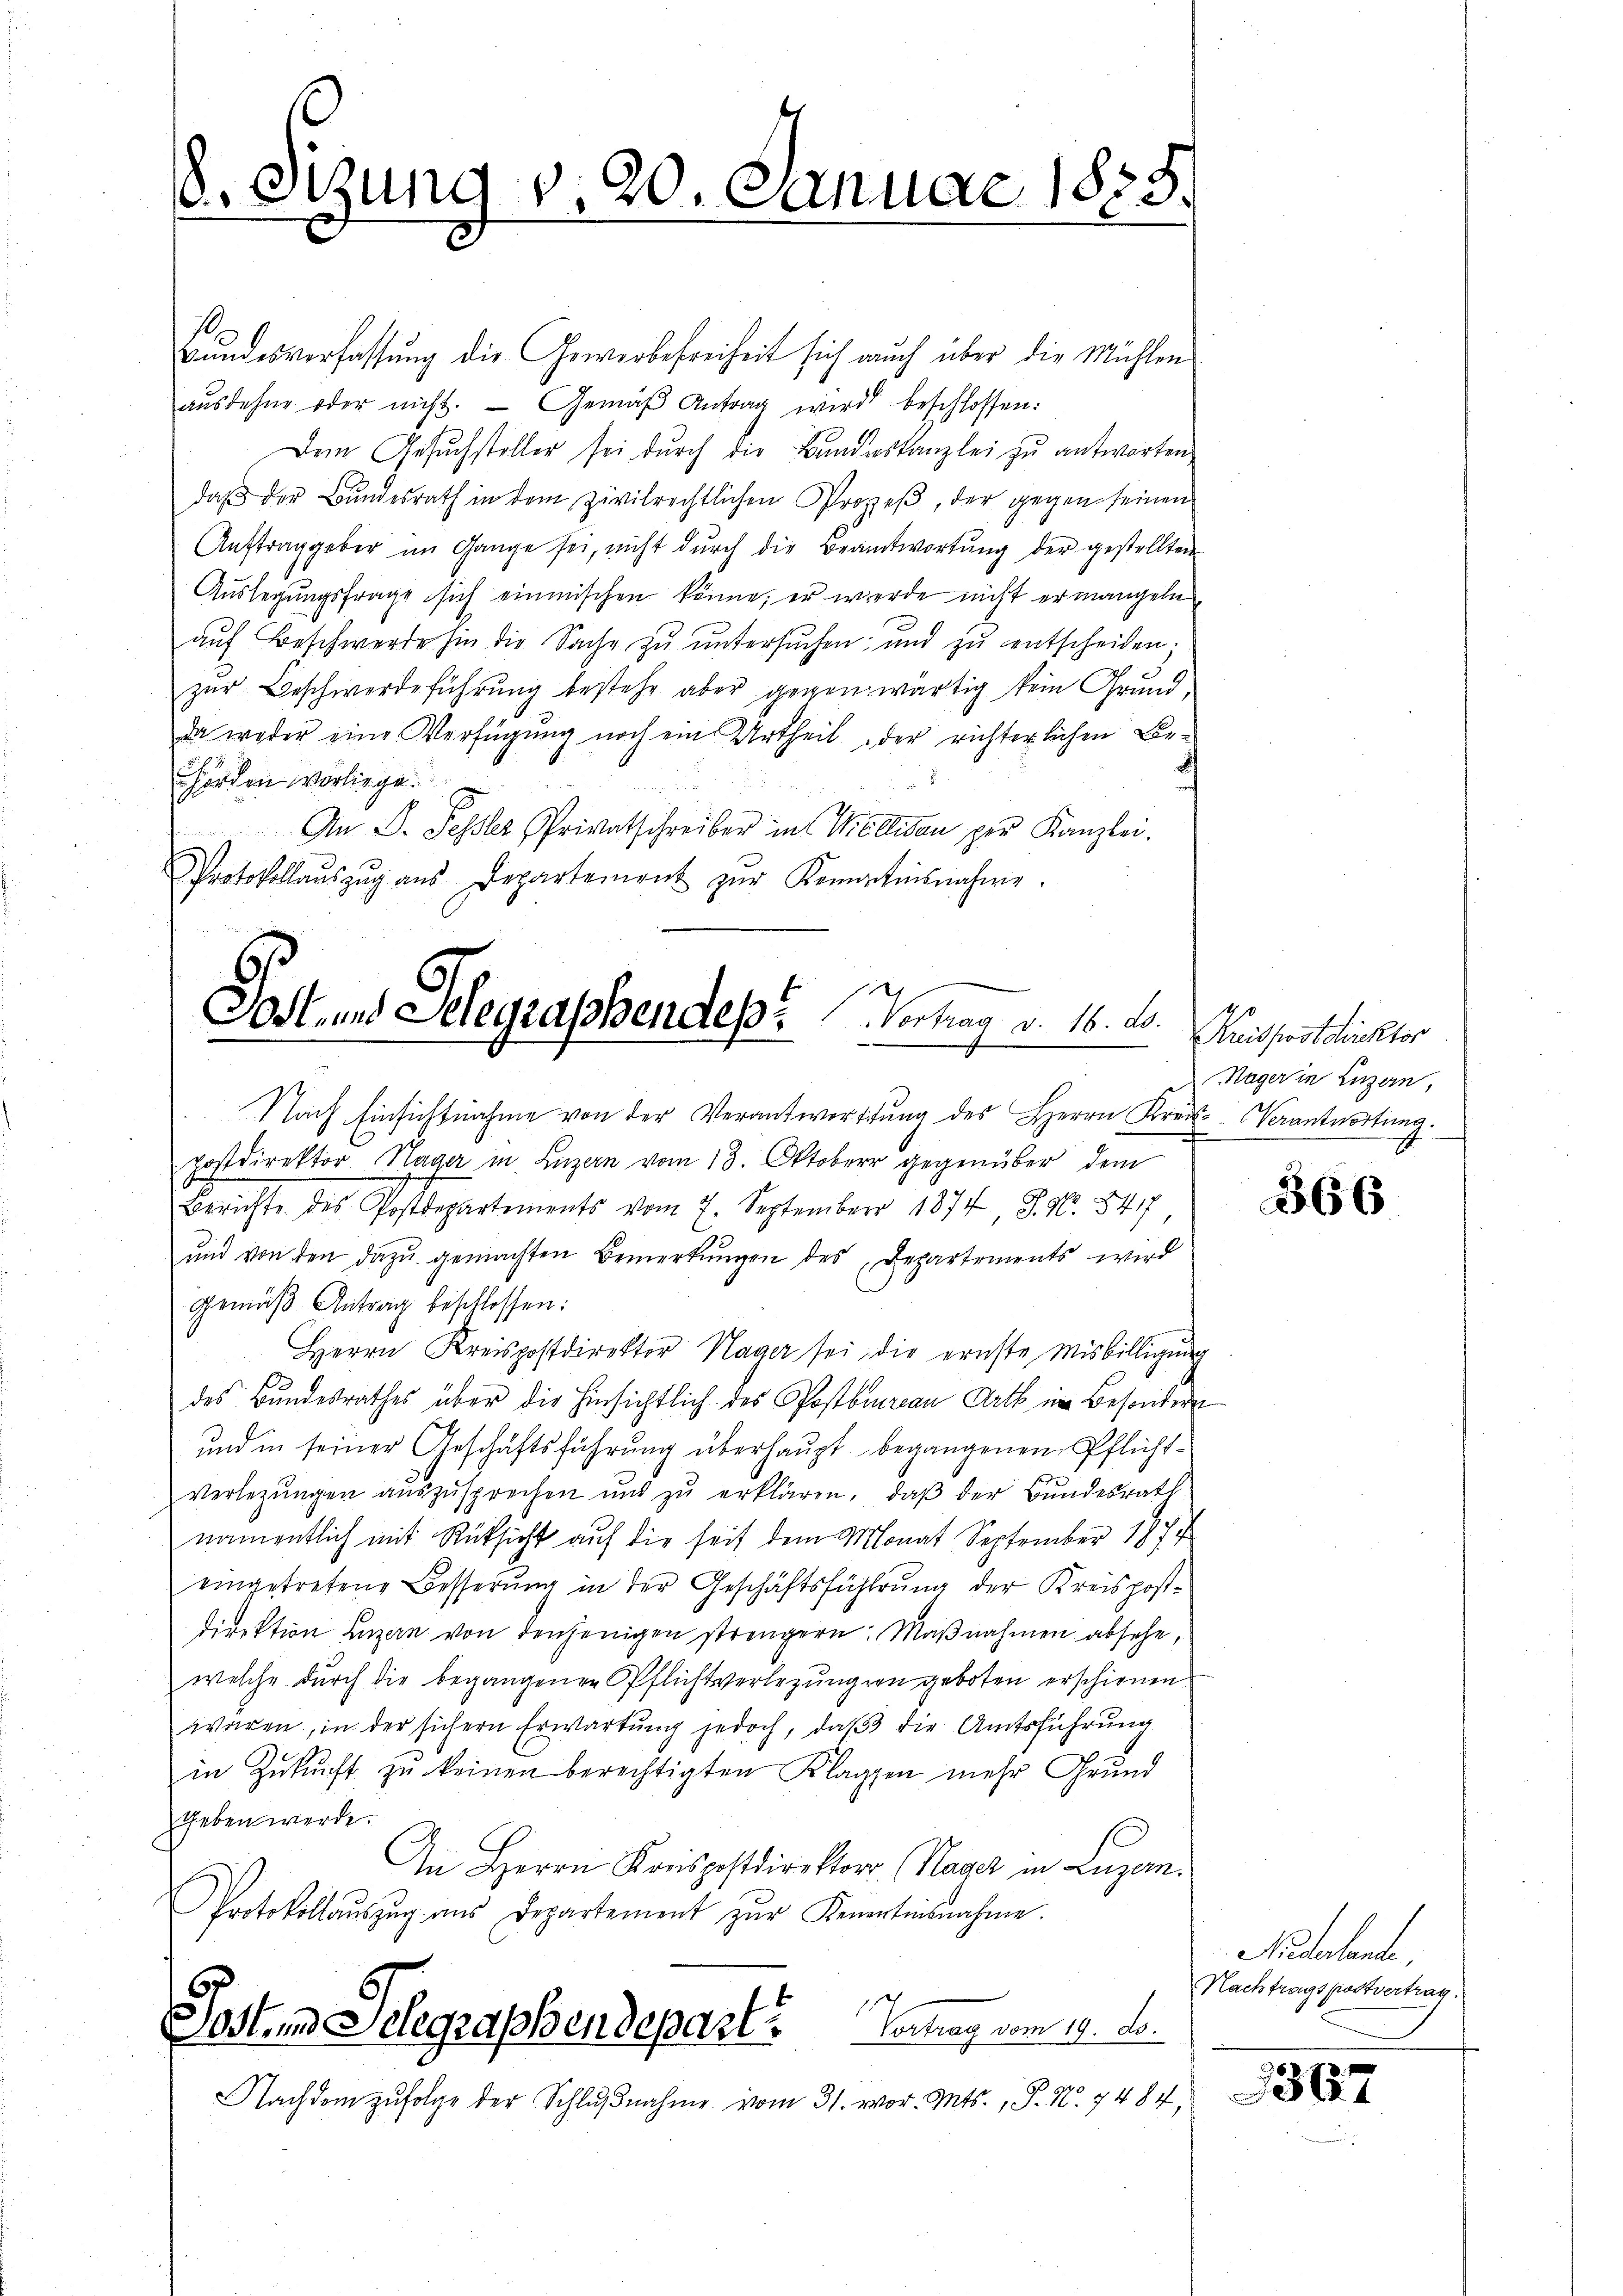
8. Sizung v. 20. Januar 1888.

Bundesverfassung die Gewerbefreiheit sich auch über die Mühlen
aŭsdehne oder nicht. Gemäβ Antrag wird beschlossen:
Dem Gesuchsteller sei durch die Bundeskanzlei zu antworten
daβ der Bŭndesrath in dem zivilrechtlichen Prozeβ, der gegen seinen
Aŭftrag geber im Gange sei, nicht dŭrch die Beantwortŭng der gestellten
Auslegungsfrage sich einmischen könne; er werde nicht ermangeln
auf Beschwerde hin die Sache zu untersŭchen, und zŭ entscheiden;
zur Beschwerdeführung bestehe aber gegenwärtig kein Grundda weder eine Verfügung noch ein Urtheil der richterlichen Behörden vorliege.
An D. Fessler, Privatschreiber in Willigen per Kanzlei.
Protokollaŭszŭg aŭs Departement zŭr Kenntnisnahme.

Post- und Selegraschendes Vertrag v. 16. d.
x

Nach Einsichtnahme von der Verantwortŭng des Herrn Kreis. Verantwortung.
postdirektor Hager in Luzern vom 13. Oktober gegenüber dem
Berichte des Postdepartements vom 7. September 1874. 8. No. 547
ŭnd von den dazu gemachten Bemerkŭngen des Departements wird
Gemäβ Antrag beschlossen:
Herrn Kreispostdirektor Hager sei die ernste Misbilligŭng
des Bundesrathes über die hinsichtlich des Postbureau Art im Besondern
und in seiner Geschäftsführung überhaupt begangenen Pflichtverlegŭngen aŭszŭsprechen und zŭ erklären, daβ der Bŭndesrath
namentlich mit Rüksicht auf die seit dem Monat September 1877
eingetretene Besserung in der Geschäftsführung der Kreispost-
Direktion Luzern von denjenigen strengern: Maßnahmen absehe,
welche durch die begangenen Pflichtverlegungen geboten erschienen
waren, in der sichern Erwartŭng jedoch, daβ die Amtsführung
in Zŭkŭnft zŭ keinen berechtigten Klaggen mehr Grund
geben werde.
An Herrn Kreispostdirektors Hager in Luzern.
Protokollaŭszŭg aŭs Departement zŭr Kenartinsnahme.
Vortrag vom 19. ds.
Sostend Seegraphendepart
Nachdem zufolge der Schlŭβnahme vom 31. vor. Mts., P. Nr. 7484,

Kreispostdirektor
Hager in Luzern,

866

Niederland,
Nachfragt Postvertrag.

u

367